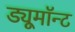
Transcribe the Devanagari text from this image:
ड्यूमॉन्ट